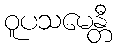
ဝူပသမေန္တီ